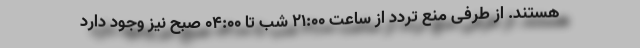
هستند. از طرفی منع تردد از ساعت ۲۱:۰۰ شب تا ۰۴:۰۰ صبح نیز وجود دارد